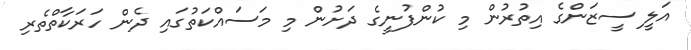
އަލީ ސީޒަންގެ އިތުރުން މި ކުންފުނީގެ ދަށުން މި މަސައްކަތުގައި ދެން ހަރަކާތްތެރި